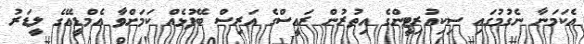
އެކަމަނާ ނެގުމުގައި ސިކިއުރިޓީންގެ އިތުރުން ރައީސްގެ އަރިސް ބޭފުޅެއް ކަމަށްވާ އެމްޑީއޭގެ ލީޑަރު